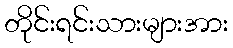
တိုင်းရင်းသားများအား